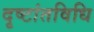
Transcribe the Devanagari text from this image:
दृष्टांतविधि